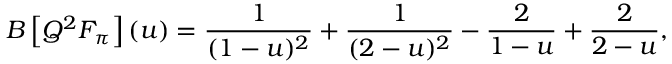
B \left[ Q ^ { 2 } F _ { \pi } \right] ( u ) = \frac 1 { ( 1 - u ) ^ { 2 } } + \frac 1 { ( 2 - u ) ^ { 2 } } - \frac 2 { 1 - u } + \frac 2 { 2 - u } ,